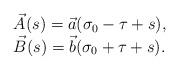
LaTeX: \begin{align*}\begin{array}{l}\vec{A}(s) = \vec{a}(\sigma_{0}-\tau+s),\\\vec{B}(s) = \vec{b}(\sigma_{0}+\tau+s).\end{array}\end{align*}